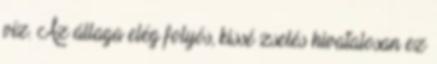
víz. Az állaga elég folyós, kissé zselés hivatalosan ez